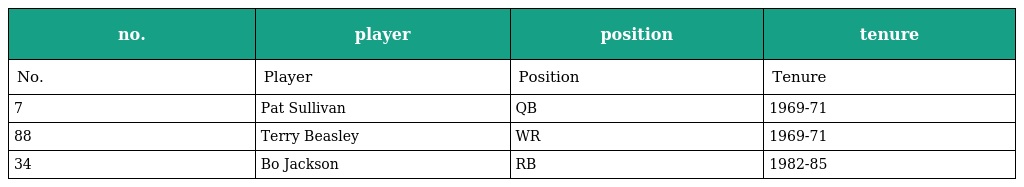
| no. | player | position | tenure |
 | --- | --- | --- | --- |
 | No. | Player | Position | Tenure |
 | 7 | Pat Sullivan | QB | 1969-71 |
 | 88 | Terry Beasley | WR | 1969-71 |
 | 34 | Bo Jackson | RB | 1982-85 |